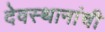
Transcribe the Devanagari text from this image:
देवस्थानांची